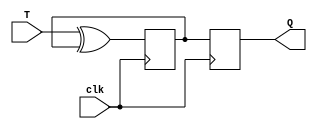
module TFlipFlop(
    input wire T,
    input wire clk,
    output reg Q
);

reg Q_master, Q_slave;

always @(posedge clk) begin
    Q_master <= T ^ Q_master;
end

always @(negedge clk) begin
    Q_slave <= Q_master;
end

assign Q = Q_slave;

endmodule